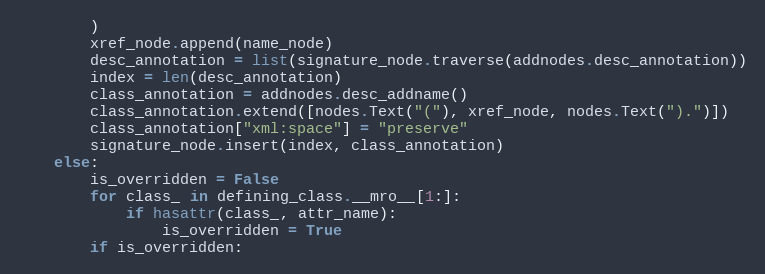
Language: Python
        )
        xref_node.append(name_node)
        desc_annotation = list(signature_node.traverse(addnodes.desc_annotation))
        index = len(desc_annotation)
        class_annotation = addnodes.desc_addname()
        class_annotation.extend([nodes.Text("("), xref_node, nodes.Text(").")])
        class_annotation["xml:space"] = "preserve"
        signature_node.insert(index, class_annotation)
    else:
        is_overridden = False
        for class_ in defining_class.__mro__[1:]:
            if hasattr(class_, attr_name):
                is_overridden = True
        if is_overridden: